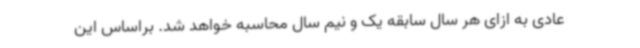
عادی به ازای هر سال سابقه یک و نیم سال محاسبه خواهد شد. براساس این